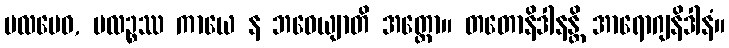
ဗလမေဝ, ဗလဉ္စဿ ကာယေ န ဘဝေယျာတိ အတ္ထော။ တတောနိဒါနန္တိ အာရောဂျနိဒါနံ။